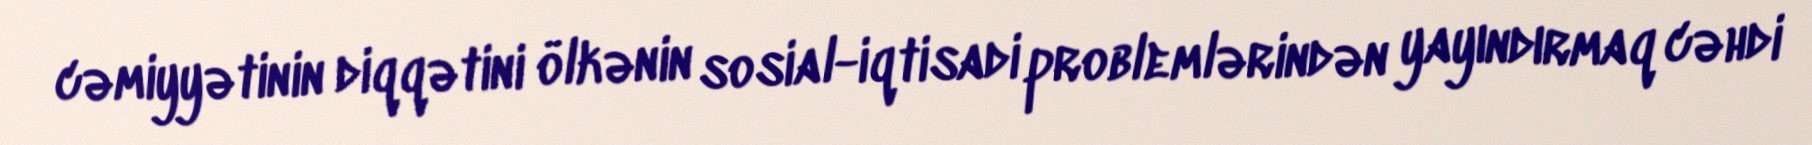
cəmiyyətinin diqqətini ölkənin sosial-iqtisadi problemlərindən yayındırmaq cəhdi